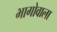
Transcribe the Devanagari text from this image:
भागोवाला